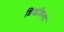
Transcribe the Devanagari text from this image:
शिजविल्या